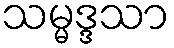
သမ္မဒ္ဒသာ